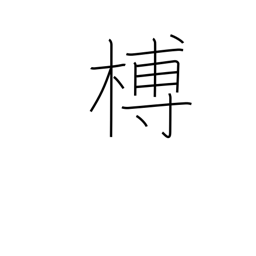
Meaning: unbarked lumber